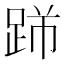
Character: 𨃋